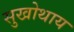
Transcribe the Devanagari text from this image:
सुखोथाय